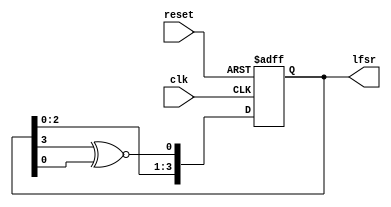
`timescale 1ns / 1ps

// 4-bit Linear Feedback Shift Register LFSR
// XNOR version - reset to 0000
// *For XOR version - begin lfsr reg at 4'b1111 - reset to 1111

module lfsr4(
    input clk,
    input reset,
    output reg [3:0] lfsr = 4'b0
    );
    
    always @(posedge clk or posedge reset)
        if(reset)
            lfsr <= 4'b0;
        else begin
            lfsr[3:1] <= lfsr[2:0];
            lfsr[0] <= lfsr[3] ~^ lfsr[0];
        end
       
endmodule